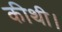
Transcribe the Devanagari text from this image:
कीथी।